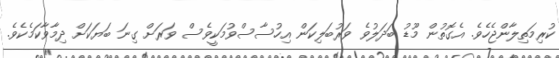
ކުރިމަތިލާންޖެހެވެ. އެގޮތުން މޫޑު ބަދަލުވެ ވަރުބަލިކަން އިހުސާސްވުމަކީވެސް ވަރަށް ގިނަ ބަޔަކަށް ދިމާވާކަމެކެވެ.